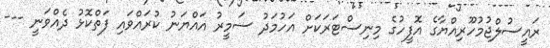
ރައީސުލްޖުމުހޫރިއްޔާގެ އޮފީހުގެ މިނިސްޓަރަކަށް އަހުމަދު ސަމީރު އައްޔަނު ކުރައްވައި ފަތްކޮޅު ދެއްވަނީ ---